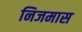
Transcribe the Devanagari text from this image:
निजमास